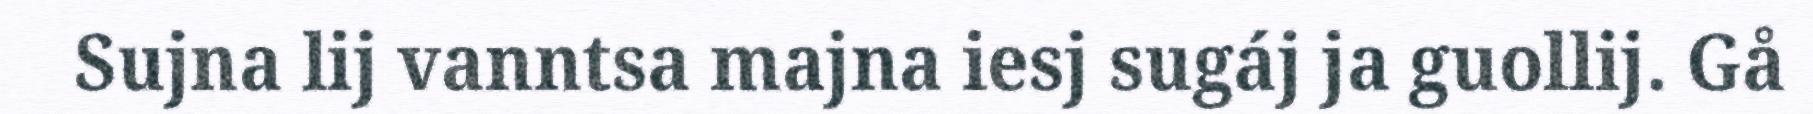
Sujna lij vanntsa majna iesj sugáj ja guollij. Gå